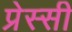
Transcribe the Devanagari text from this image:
प्रेस्सी